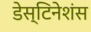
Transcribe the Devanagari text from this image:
डेस्टिनेशंस